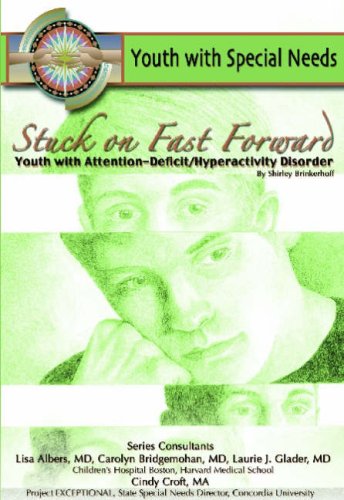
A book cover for Stuck on Fast Forward: Youth With Attention Deficit Hyperactivity Disorder (Youth With Special Needs); Shirley Brinkerhoff; Teen & Young Adult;